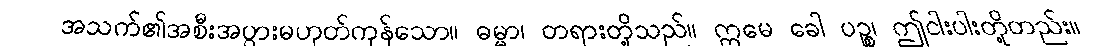
အသက်၏အစီးအပွားမဟုတ်ကုန်သော။ ဓမ္မာ၊ တရားတို့သည်။ ဣမေ ခေါ ပဉ္စ၊ ဤငါးပါးတို့တည်း။